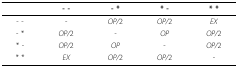
|  | - - | - * | * - | * * |
 | --- | --- | --- | --- | --- |
 | - - | - | OP/2 | OP/2 | EX |
 | - * | OP/2 | - | OP | OP/2 |
 | * - | OP/2 | OP | - | OP/2 |
 | * * | EX | OP/2 | OP/2 | - |